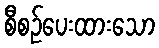
စီစဉ်ပေးထားသော